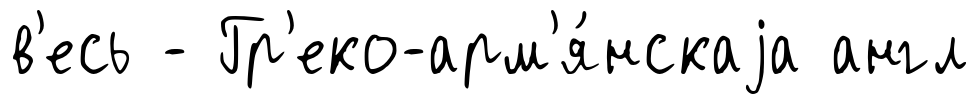
в'есь - Гр'еко-арм'я́нскаjа англ